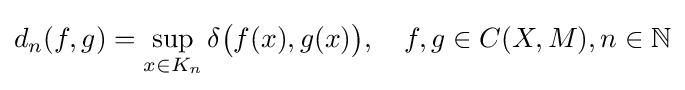
d_{n}(f,g)=\sup _{x\in K_{n}}\delta {\bigl (}f(x),g(x){\bigr )},\quad f,g\in C(X,M),n\in \mathbb {N}